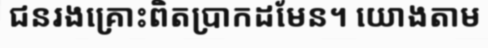
ជនរងគ្រោះពិតប្រាកដមែន។ យោងតាម